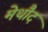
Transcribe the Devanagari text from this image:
मेथौद